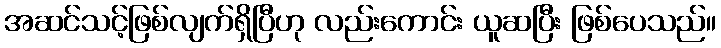
အဆင်သင့်ဖြစ်လျက်ရှိပြီဟု လည်းကောင်း ယူဆပြီး ဖြစ်ပေသည်။